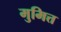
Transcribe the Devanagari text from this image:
मुमित्त